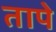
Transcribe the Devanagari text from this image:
तापे